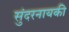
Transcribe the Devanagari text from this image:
सुंदरनायकी